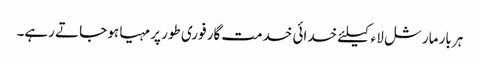
ہر بار مارشل لاء کیلئے خدائی خدمت گار فوری طور پر مہیا ہو جاتے رہے۔